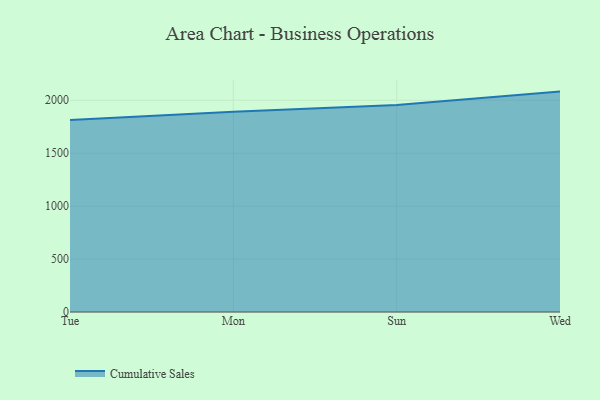
{"axis": {"x": "Day", "y": "Churn Rate (%)"}, "legend": ["Cumulative Sales"], "data": [{"x": "Tue", "y": 1812.4, "type": "Cumulative Sales"}, {"x": "Mon", "y": 1891.1, "type": "Cumulative Sales"}, {"x": "Sun", "y": 1956.2, "type": "Cumulative Sales"}, {"x": "Wed", "y": 2081.7, "type": "Cumulative Sales"}]}